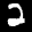
Label: 2